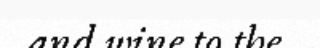
and wine to the